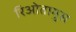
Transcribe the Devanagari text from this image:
रिओतामुस